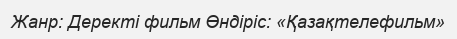
Жанр: Деректі фильм Өндіріс: «Қазақтелефильм»